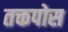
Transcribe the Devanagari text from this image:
तक्तपोस